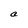
Character: a